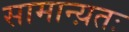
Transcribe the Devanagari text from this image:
सामान्य़तः